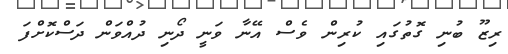
ރިޒޫ ބުނި ގޮތުގައި ކުރިން ވެސް އޭނާ ވަނީ ދޯނި ދުއްވަން ދަސްކޮށްފަ